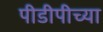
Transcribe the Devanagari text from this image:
पीडीपीच्या